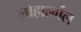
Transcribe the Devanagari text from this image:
लोहार्ल्गल